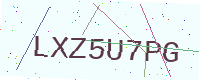
Text: LXZ5U7PG